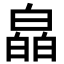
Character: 皛